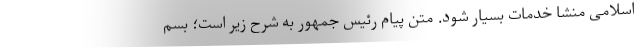
اسلامی منشا خدمات بسیار شود. متن پیام رئیس جمهور به شرح زیر است؛ بسم